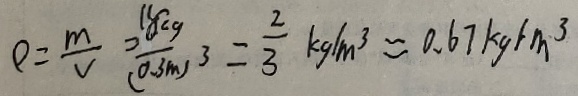
\rho = \frac { m } { V } = \frac { 1 8 k g } { ( 0 . 3 m ) ^ { 3 } } = \frac { 2 } { 3 } k g / m ^ { 3 } \approx 0 . 6 7 k g / m ^ { 3 }